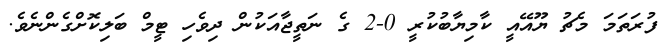
ފުރަތަމަ މެޗު ޔޫއޭއީ ކާމިޔާބުކުރީ 0-2 ގެ ނަތީޖާއަކުން ދިވެހި ޓީމް ބަލިކޮށްގެންނެވެ.